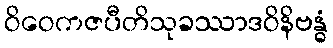
ဝိဝေကဇပီတိသုခဿာဒဝိနိဗန္ဓံ